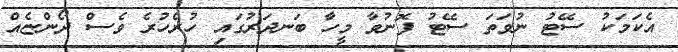
އެކަމަކު ސޭޓު ނުވަތަ ސޭޓު ފޮނުވާ މީހާ ބަނދަރުގައި ހުރެހުރެ ވެސް ދޯންޏެއް